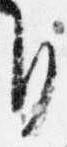
自